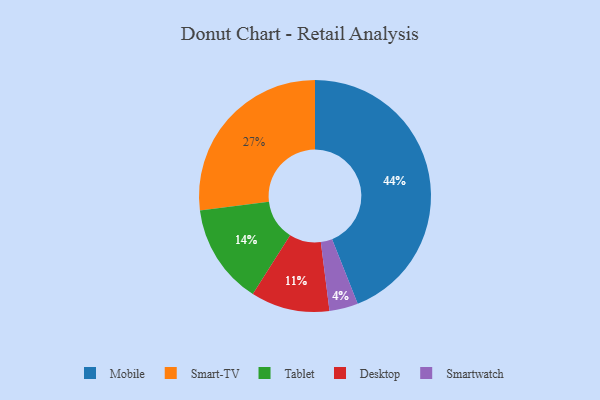
{"axis": {"x": "Category", "y": "Percentage"}, "legend": ["Desktop", "Mobile", "Smart-TV", "Smartwatch", "Tablet"], "data": [{"x": "Mobile", "y": 44, "type": "Mobile"}, {"x": "Tablet", "y": 14, "type": "Tablet"}, {"x": "Smartwatch", "y": 4, "type": "Smartwatch"}, {"x": "Desktop", "y": 11, "type": "Desktop"}, {"x": "Smart-TV", "y": 27, "type": "Smart-TV"}]}